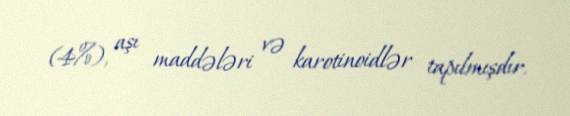
(4%), aşı maddələri və karotinoidlər tapılmışdır.